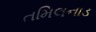
તમિલનાડ